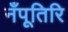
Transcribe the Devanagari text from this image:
नँपूतिरि